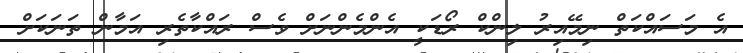
އެ މަސައްކަތް ނިމޭއިރު ލިންކް ރޯޑަކީ އެންމެންނަށް ވެސް ރައްކާތެރި އަމާން ތަނަކަށް